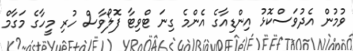
ވުމުން އެދުވަސްކޮޅު އިންޑިއާގެ އެންމެ ގިނަ ޓްވިޓާ ފޮލޯވާސް ހުރި މީހާގެ މަގާމް